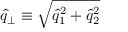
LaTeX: \widehat { q } _ { \perp } \equiv \sqrt { \widehat { q } _ { 1 } ^ { 2 } + \widehat { q } _ { 2 } ^ { 2 } }